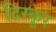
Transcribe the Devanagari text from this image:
दिस्कूर